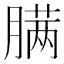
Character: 𰯎